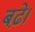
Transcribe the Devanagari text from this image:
बढे़।